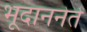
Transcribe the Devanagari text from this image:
भूदाननेते